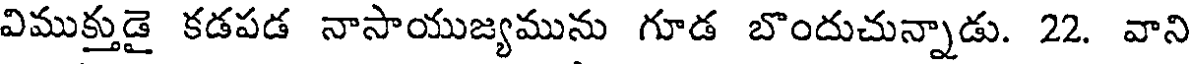
విముక్తుడై కడపడ నాసాయుజ్యమును గూడ బొందుచున్నాడు. 22. వాని